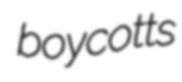
boycotts